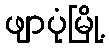
ဖျာပုံမြို့